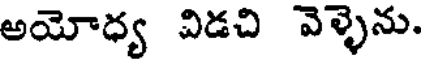
అయోధ్య విడచి వెళ్ళెను.